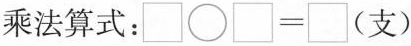
乘法算式：$$\Box \circ \Box = \Box$$ (支)